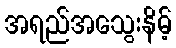
အရည်အသွေးနိမ့်